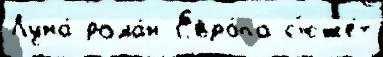
Луна́ рома́н Евро́па с'юже́т